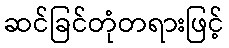
ဆင်ခြင်တုံတရားဖြင့်